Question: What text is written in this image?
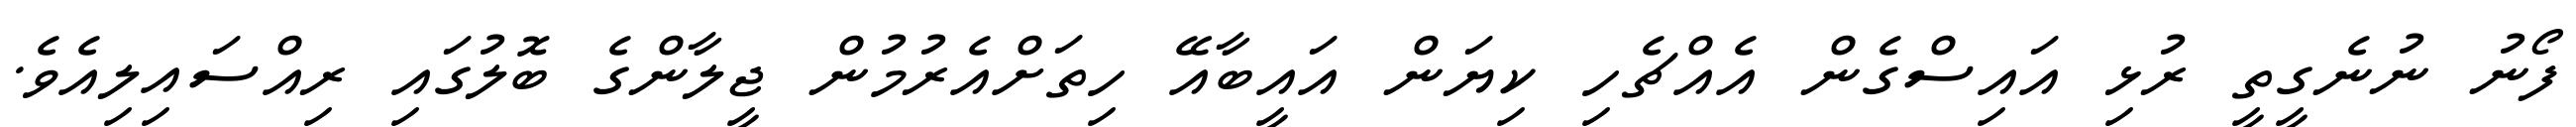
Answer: ފޯނު ނުނެގީތީ ރުޅި އައިސްގެން އެއްޗެހި ކިޔަން އައީބާއޭ ހިތަށްއެރުމުން ޖީލާންގެ ބޮލުގައި ރިއްސައިލިއެވެ.